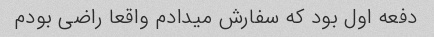
دفعه اول بود که سفارش میدادم واقعا راضی بودم